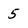
Character: 5